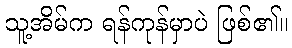
သူ့အိမ်က ရန်ကုန်မှာပဲ ဖြစ်၏။